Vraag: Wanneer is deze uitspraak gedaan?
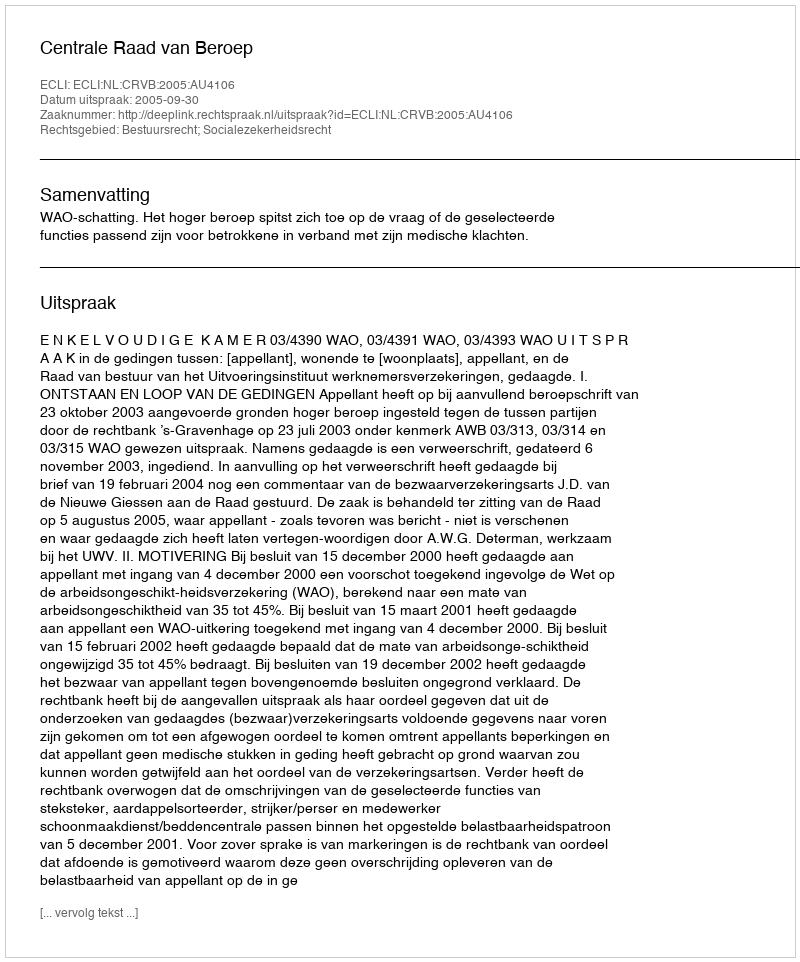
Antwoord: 2005-09-30